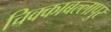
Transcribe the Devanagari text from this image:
चिक्काबल्लापुर